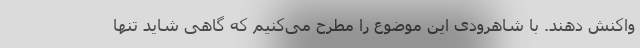
واکنش دهند. با شاهرودی این موضوع را مطرح می‌کنیم که گاهی شاید تنها